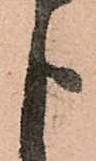
申